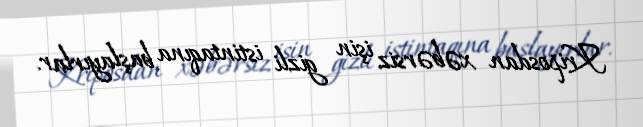
Kriposdan xəbərsiz işin gizli istintaqına başlayırlar.